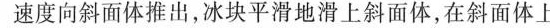
的速度向斜面体推出，冰块平滑地滑上斜面体，在斜面体上